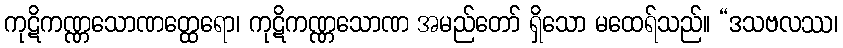
ကုဋိကဏ္ဏသောဏတ္ထေရော၊ ကုဋိကဏ္ဏသောဏ အမည်တော် ရှိသော မထေရ်သည်။ “ဒသဗလဿ၊